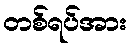
တစ်ရပ်အား